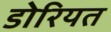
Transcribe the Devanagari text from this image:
डोरियत